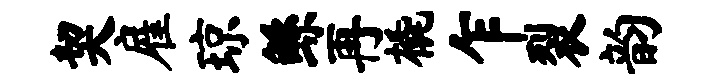
契雇琼鲧再橇乍裂韵